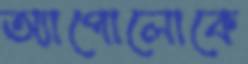
অ্যাপোলোকে